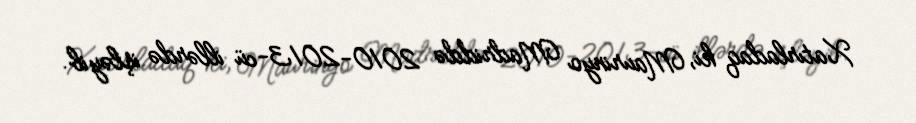
Xatırladaq ki, Maurinyo Madriddə 2010-2013-cü illərdə işləyib.